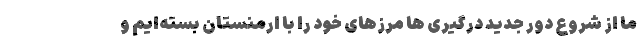
ما از شروع دور جدید درگیری ها مرزهای خود را با ارمنستان بسته‌ایم و